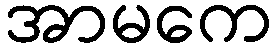
အာမကေ